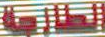
الطابعة